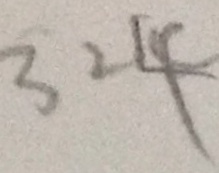
3 2 4